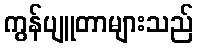
ကွန်ပျူတာများသည်